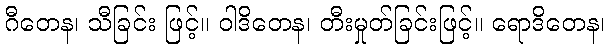
ဂီတေန၊ သီခြင်း ဖြင့်။ ဝါဒိတေန၊ တီးမှုတ်ခြင်းဖြင့်။ ရောဒိတေန၊